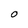
Character: O